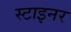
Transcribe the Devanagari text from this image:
स्टाइनर